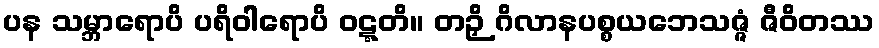
ပန သမ္ဘာရောပိ ပရိဝါရောပိ ဝဋ္ဋတိ။ တဉှိ ဂိလာနပစ္စယဘေသဇ္ဇံ ဇီဝိတဿ